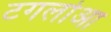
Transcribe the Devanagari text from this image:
टगलोआ